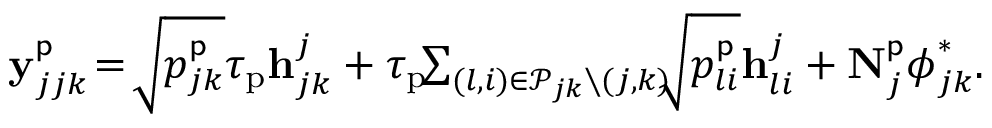
\begin{array} { r } { \mathbf { y } _ { j j k } ^ { \mathsf { p } } \! = \! \sqrt { p _ { j k } ^ { \mathsf { p } } } \tau _ { \mathrm { p } } \mathbf { h } _ { j k } ^ { j } + \tau _ { \mathrm { p } } \! \! \sum _ { ( l , i ) \in \mathcal { P } _ { j k } \setminus ( j , k ) } \! \! \! \sqrt { p _ { l i } ^ { \mathsf { p } } } \mathbf { h } _ { l i } ^ { j } + \mathbf { N } _ { j } ^ { \mathsf { p } } \boldsymbol { \phi } _ { j k } ^ { * } . } \end{array}